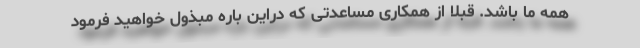
همه ما باشد. قبلا از همکاری مساعدتی که دراین باره مبذول خواهید فرمود